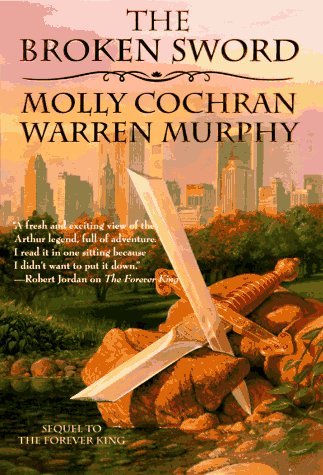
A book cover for The Broken Sword; Molly Cochran; Science Fiction & Fantasy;